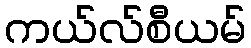
ကယ်လ်စီယမ်